Report of the Imperial Institute of Veterinary Research, Muktesar
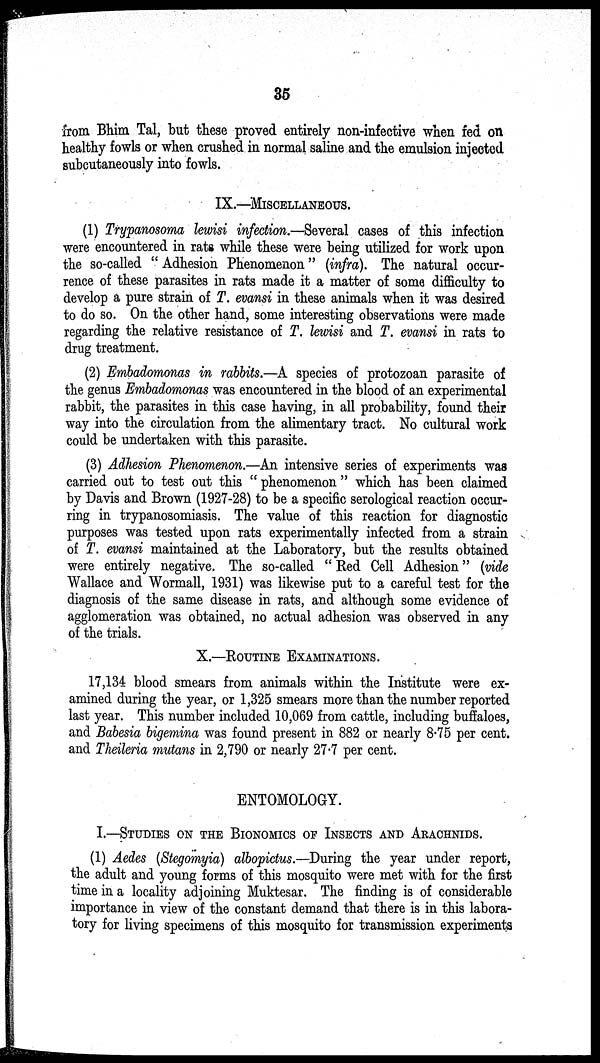
35
from Bhim Tal, but these proved entirely non-infective when fed on
healthy fowls or when crushed in normal saline and the emulsion injected
subcutaneously into fowls.
IX.-MISCELLANEOUS.
(1) Trypanosoma lewisi infection.—Several cases of this infection
were encountered in rats while these were being utilized for work upon
the so-called " Adhesion Phenomenon " (infra). The natural occur-
rence of these parasites in rats made it a matter of some difficulty to
develop a pure strain of T. evansi in these animals when it was desired
to do so. On the other hand, some interesting observations were made
regarding the relative resistance of T. lewisi and T. evansi in rats to
drug treatment.
(2) Embadomonas in rabbits.—A species of protozoan parasite of
the genus Embadomonas was encountered in the blood of an experimental
rabbit, the parasites in this case having, in all probability, found their
way into the circulation from the alimentary tract. No cultural work
could be undertaken with this parasite.
(3) Adhesion Phenomenon.—An intensive series of experiments was
carried out to test out this " phenomenon " which has been claimed
by Davis and Brown (1927-28) to be a specific serological reaction occur-
ring in trypanosomiasis. The value of this reaction for diagnostic
purposes was tested upon rats experimentally infected from a strain
of T. evansi maintained at the Laboratory, but the results obtained
were entirely negative. The so-called " Red Cell Adhesion " (vide
Wallace and Wormall, 1931) was likewise put to a careful test for the
diagnosis of the same disease in rats, and although some evidence of
agglomeration was obtained, no actual adhesion was observed in any
of the trials.
X.—ROUTINE EXAMINATIONS.
17,134 blood smears from animals within the Institute were ex-
amined during the year, or 1,325 smears more than the number reported
last year. This number included 10,069 from cattle, including buffaloes,
and Babesia bigemina was found present in 882 or nearly 8.75 per cent.
and Theileria mutans in 2,790 or nearly 27.7 per cent.
ENTOMOLOGY.
I.—STUDIES ON THE BIONOMICS OF INSECTS AND ARACHNIDS.
(1) Aedes (Stegomyia) albopictus—During the year under report,
the adult and young forms of this mosquito were met with for the first
time in a locality adjoining Muktesar. The finding is of considerable
importance in view of the constant demand that there is in this labora-
tory for living specimens of this mosquito for transmission experiments